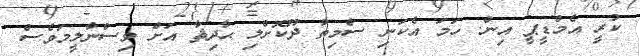
ކުރީ އެމްޑީޕީ އިން. ހަމަ އެކަނި ސްމިތު ދޫކޮށްލި ޙާދިޘާ އަށް ވިސްނާލީމަވެސް